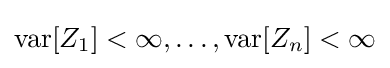
\operatorname {var} [Z_{1}]<\infty ,\ldots ,\operatorname {var} [Z_{n}]<\infty